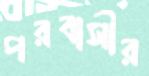
পরবাসীর